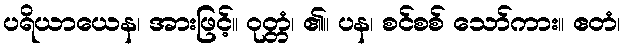
ပရိယာယေန၊ အားဖြင့်။ ဝုတ္တံ၊ ၏။ ပန၊ စင်စစ် သော်ကား။ ဧတံ၊